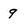
Character: 9